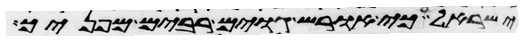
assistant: ישראל כי אוריש גוים רבים מפניך